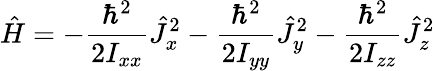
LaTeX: {\hat{H}}=-{\frac{\hbar^{2}}{2I_{xx}}}{\hat{J}}_{x}^{2}-{\frac{\hbar^{2}}{2I_{yy}}}{\hat{J}}_{y}^{2}-{\frac{\hbar^{2}}{2I_{zz}}}{\hat{J}}_{z}^{2}